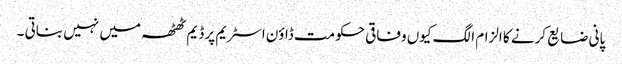
پانی ضایع کرنے کا الزام الگ کیوں وفاقی حکومت ڈاؤن اسٹریم پر ڈیم ٹھٹھہ میں نہیں بناتی ۔